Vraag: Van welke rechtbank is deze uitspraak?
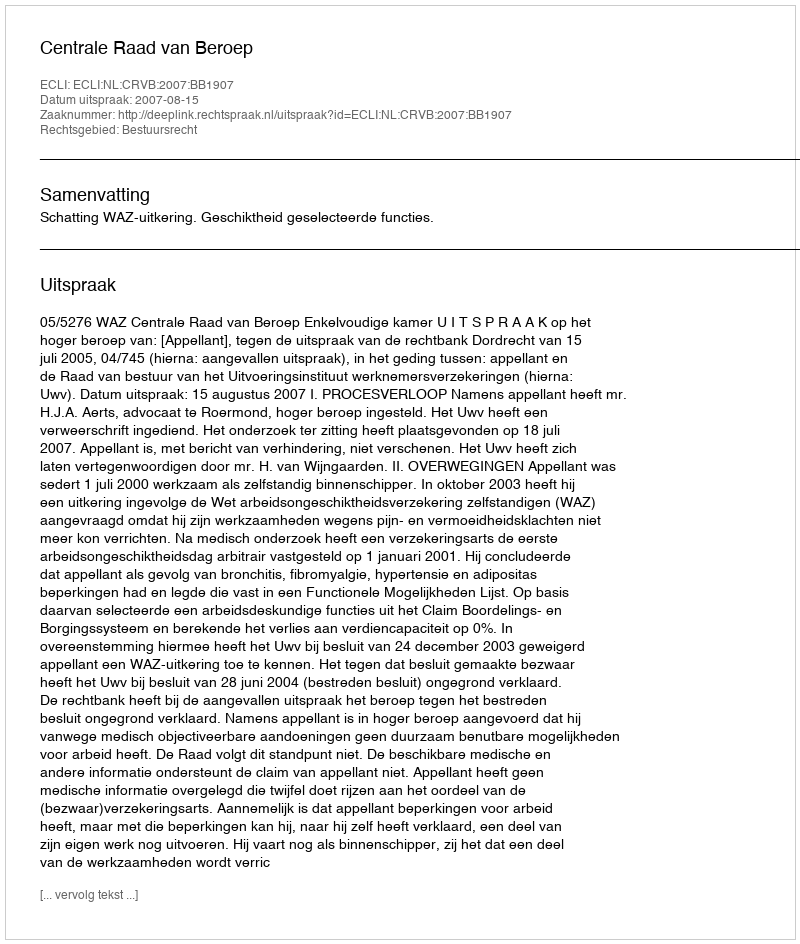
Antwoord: Centrale Raad van Beroep